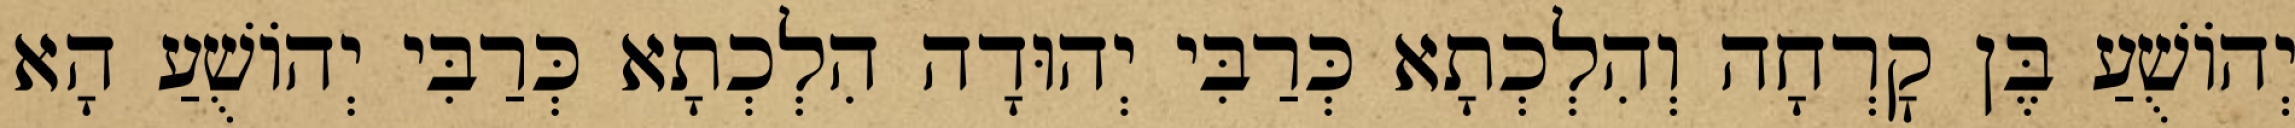
יְהוֹשֻׁעַ בֶּן קׇרְחָה וְהִלְכְתָא כְּרַבִּי יְהוּדָה הִלְכְתָא כְּרַבִּי יְהוֹשֻׁעַ הָא